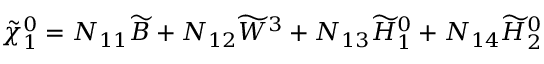
\tilde { \chi } _ { 1 } ^ { 0 } = N _ { 1 1 } \widetilde { B } + N _ { 1 2 } \widetilde { W } ^ { 3 } + N _ { 1 3 } \widetilde { H } _ { 1 } ^ { 0 } + N _ { 1 4 } \widetilde { H } _ { 2 } ^ { 0 }